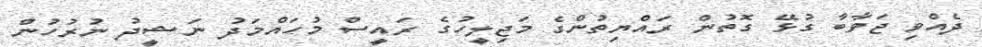
ދެއްވި ޖަވާބާ ގުޅޭ ގޮތުން ރައްޔިތުންގެ މަޖިލީހުގެ ރައީސް މުހައްމަދު ނަޝީދު ނުރުހުން